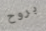
بروح